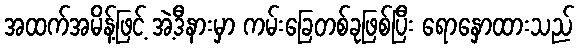
အထက်အမိန့်ဖြင့် အဲ့ဒီနားမှာ ကမ်းခြေတစ်ခုဖြစ်ပြီး ရောနှောထားသည်